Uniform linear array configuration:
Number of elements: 4
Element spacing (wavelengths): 0.5
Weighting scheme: binomial
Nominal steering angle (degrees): -45
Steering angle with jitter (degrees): -43.138
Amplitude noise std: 0.05
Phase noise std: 0.05

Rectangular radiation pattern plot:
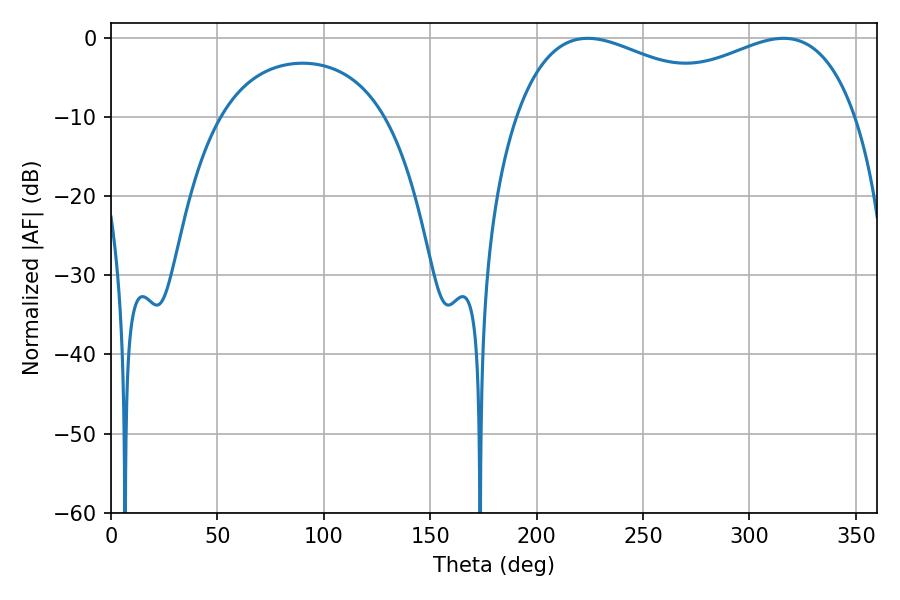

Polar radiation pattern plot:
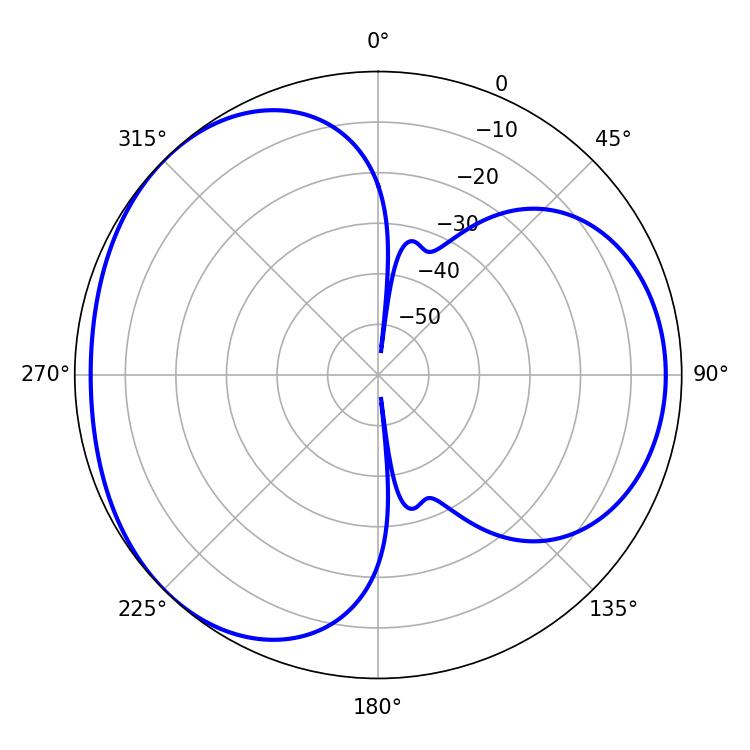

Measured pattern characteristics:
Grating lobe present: FALSE
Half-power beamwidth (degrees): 59.76
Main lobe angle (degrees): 223.92